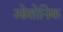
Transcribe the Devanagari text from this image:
ओशोनिक